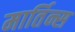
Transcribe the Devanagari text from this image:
मार्तिन्स